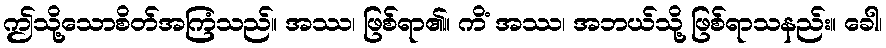
ဤသို့သောစိတ်အကြံသည်။ အဿ၊ ဖြစ်ရာ၏။ ကိံ အဿ၊ အဘယ်သို့ ဖြစ်ရာသနည်း။ ခေါ၊